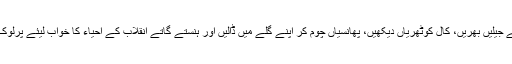
انہی لوگوں نے جیلیں بھریں، کال کوٹھریاں دیکھیں، پھانسیاں چُوم کر اپنے گلے میں ڈالیں اور ہنستے گاتے انقلاب کے احیاء کا خواب لیئے پرلوک سِدھار گئے۔